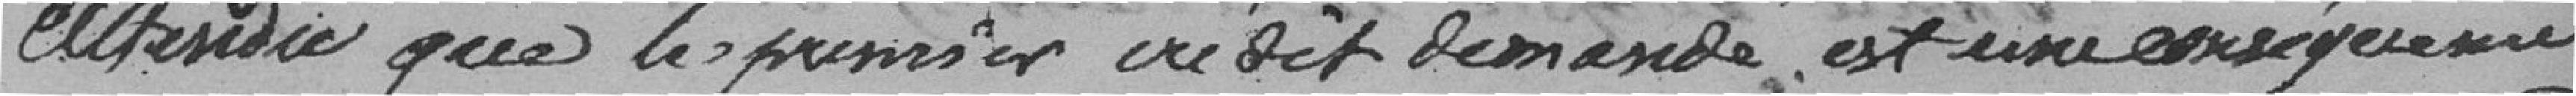
Attendu que le premier crédit demandé est une conséquence